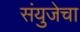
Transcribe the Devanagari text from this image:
संयुजेचा